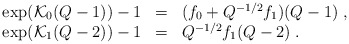
\begin{align*}\begin{array}{rcl}\exp({\cal K}_{0}(Q-1))-1&=&(f_{0}+Q^{-1/2}f_{1})(Q-1)\;,\\\exp({\cal K}_{1}(Q-2))-1&=&Q^{-1/2}f_{1}(Q-2)\;.\end{array} \end{align*}